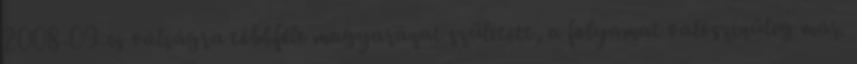
2008-09-es válságra többféle magyarázat született, a folyamat valószínűleg már.